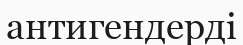
антигендерді